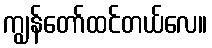
ကျွန်တော်ထင်တယ်လေ။